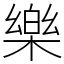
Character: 樂